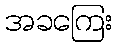
အခကြေး